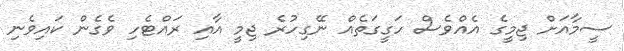
ސީމާއަށް ޖިމީގެ އެއްވެސް ހަގީގަތެއް ނޭގިހުރެ ޖިމީ އާއި ރައްޓެހި ވެގެން ކައިވެނި